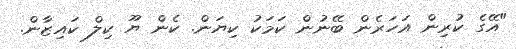
"އޭގެ ކުރިން އަހަރެން ބޭނުން ކަމަކު ކިޔަން. ކެން ޔޫ ކިލް ކައިޒާން.